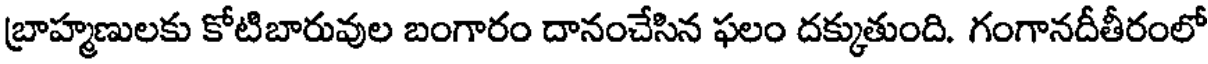
బ్రాహ్మణులకు కోటిబారువుల బంగారం దానంచేసిన ఫలం దక్కుతుంది. గంగానదీతీరంలో